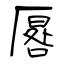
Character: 厬